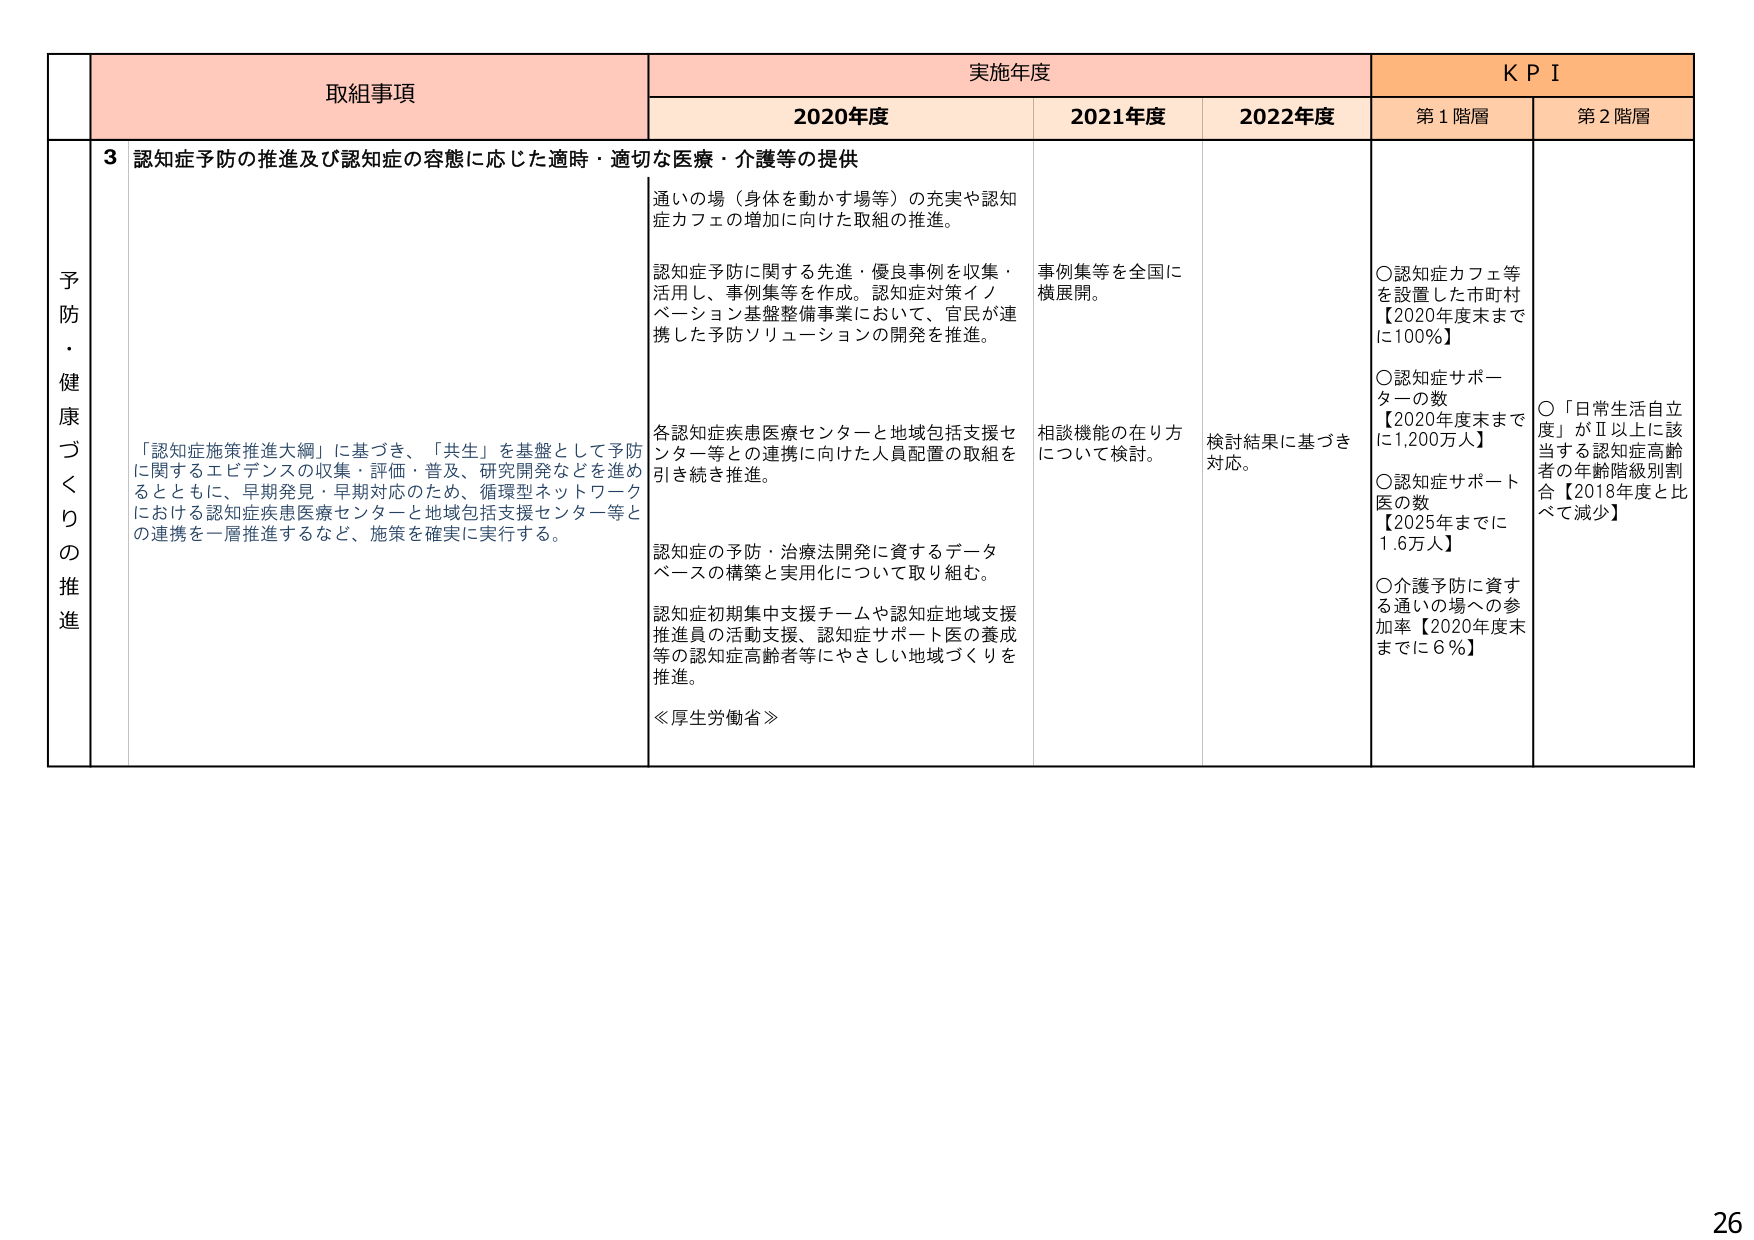
予防・健康づくりの推進

取組事項
3 認知症予防の推進及び認知症の容態に応じた適時・適切な医療・介護等の提供

「認知症施策推進大綱」に基づき、「共生」を基盤として予防に関するエビデンスの収集・評価・普及、研究開発などを進めるとともに、早期発見・早期対応のため、循環型ネットワークにおける認知症疾患医療センターと地域包括支援センター等との連携を一層推進するなど、施策を確実に実行する。

実施年度
2020年度
通いの場（身体を動かす場等）の充実や認知症カフェの増加に向けた取組の推進。
認知症予防に関する先進・優良事例を収集・活用し、事例集等を作成。認知症対策イノベーション基盤整備事業において、官民が連携した予防ソリューションの開発を推進。
各認知症疾患医療センターと地域包括支援センター等との連携に向けた人員配置の取組を引き続き推進。
認知症の予防・治療法開発に資するデータベースの構築と実用化について取り組む。
認知症初期集中支援チームや認知症地域支援推進員の活動支援、認知症サポート医の養成等の認知症高齢者等にやさしい地域づくりを推進。
≪厚生労働省≫

2021年度
事例集等を全国に横展開。
相談機能の在り方について検討。

2022年度
検討結果に基づき対応。

KPI
第1階層
○認知症カフェ等を設置した市町村【2020年度末までに100％】
○認知症サポーターの数【2020年度末までに1,200万人】
○認知症サポート医の数【2025年までに1.6万人】
○介護予防に資する通いの場への参加率【2020年度末までに6％】

第2階層
○「日常生活自立度」がⅡ以上に該当する認知症高齢者の年齢階級別割合【2018年度と比べて減少】

26